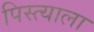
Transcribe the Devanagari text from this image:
पिस्त्याला